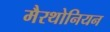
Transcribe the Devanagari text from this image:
मैरथोनियन